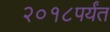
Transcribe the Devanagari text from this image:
२०१८पर्यंत